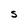
Character: S